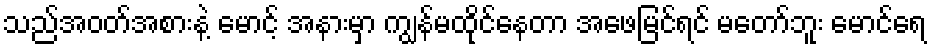
သည်အဝတ်အစားနဲ့ မောင့် အနားမှာ ကျွန်မထိုင်နေတာ အဖေမြင်ရင် မတော်ဘူး မောင်ရေ